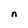
Character: n